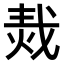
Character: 𤈮